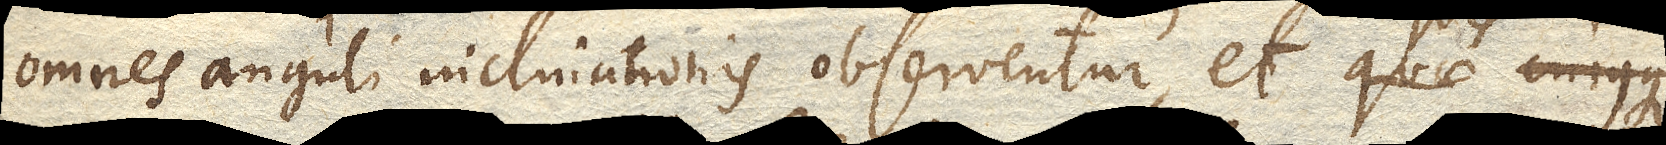
omnes anguli inclinationis observentur, et quis